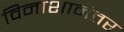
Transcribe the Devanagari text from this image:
विनाशानंतर